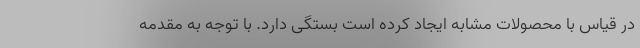
در قیاس با محصولات مشابه ایجاد کرده است بستگی دارد. با توجه به مقدمه